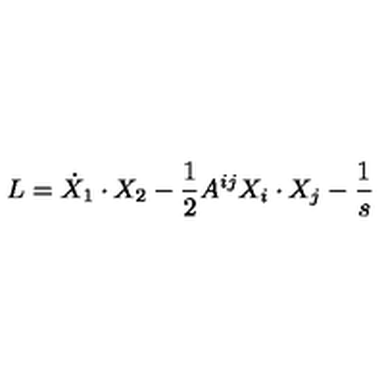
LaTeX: L = \dot { X } _ { 1 } \cdot X _ { 2 } - \frac { 1 } { 2 } A ^ { i j } X _ { i } \cdot X _ { j } - \frac { 1 } { s }